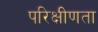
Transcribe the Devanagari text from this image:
परिक्षीणता